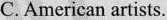
C.American artists.